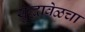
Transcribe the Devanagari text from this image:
युद्धावेळचा